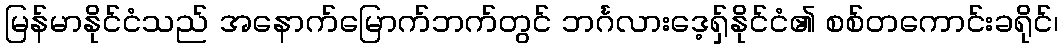
မြန်မာနိုင်ငံသည် အနောက်မြောက်ဘက်တွင် ဘင်္ဂလားဒေ့ရှ်နိုင်ငံ၏ စစ်တကောင်းခရိုင်၊